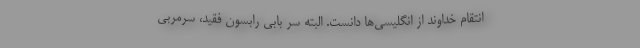
انتقام خداوند از انگلیسی‌ها دانست. البته سر بابی رابسون فقید، سرمربی